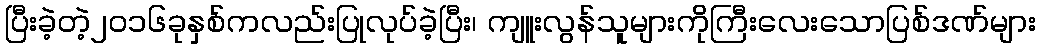
ပြီးခဲ့တဲ့၂၀၁၆ခုနှစ်ကလည်းပြုလုပ်ခဲ့ပြီး၊ ကျူးလွန်သူများကိုကြီးလေးသောပြစ်ဒဏ်များ